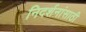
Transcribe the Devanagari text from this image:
निदर्शनांसाठी